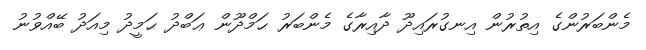
މެންބަރުންގެ އިތުރުން އިނގުރައިދޫ ދާއިރާގެ މެންބަރު ޙަމްދޫން ޢަބްދު ޙަމީދު މިއަދު ބޭއްވުނު